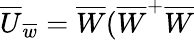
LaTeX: \overline{{{U}}}_{\overline{{{w}}}}=\overline{{{W}}}(\overline{{{W}}}^{+}\overline{{{W}}}